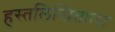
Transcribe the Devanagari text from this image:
हस्तलिखिताला